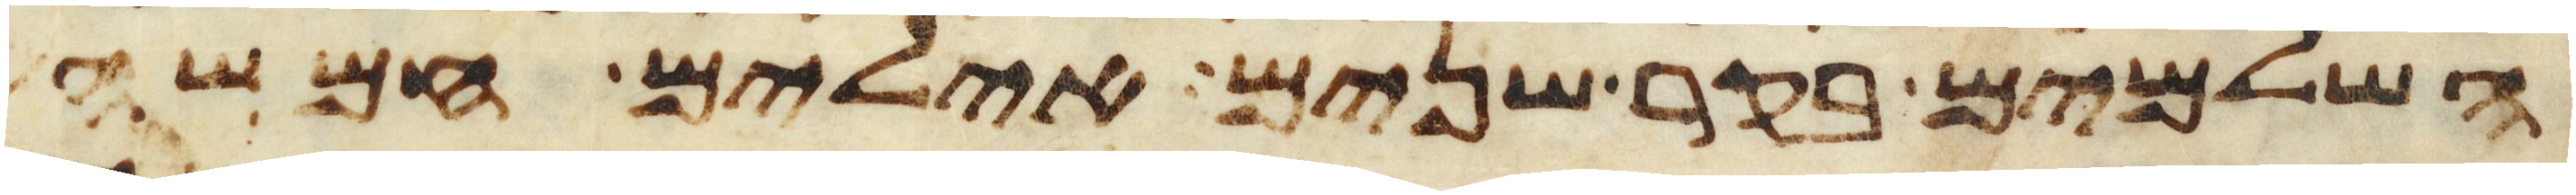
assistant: השלמים בקר שנים אילים חמשה